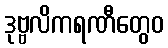
ဒုဗ္ဗလိကရဏီတွေဝ